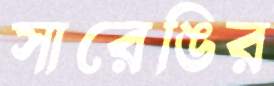
সারেঙির